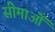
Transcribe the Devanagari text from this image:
सीमाओँ